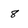
Character: 8